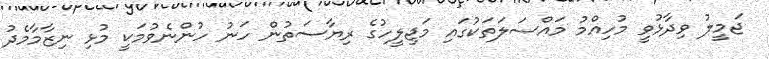
ޖަމީލު ވިދާޅުވީ މުހިއްމު މައްސަލަތަކުގައި މަޖިލީހުގެ ރިޔާސަތުން ހަނު ހުންނެވުމަކީ މުޅި ނިޒާމާމެދު